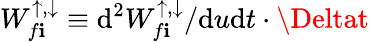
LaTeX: W_{f\mathbf{i}}^{\uparrow,\downarrow}\equiv\mathrm{{d^{2}}}W_{f\mathbf{i}}^{\uparrow,\downarrow}/\mathrm{{d}}u\mathrm{{d}}t\cdot\Deltat